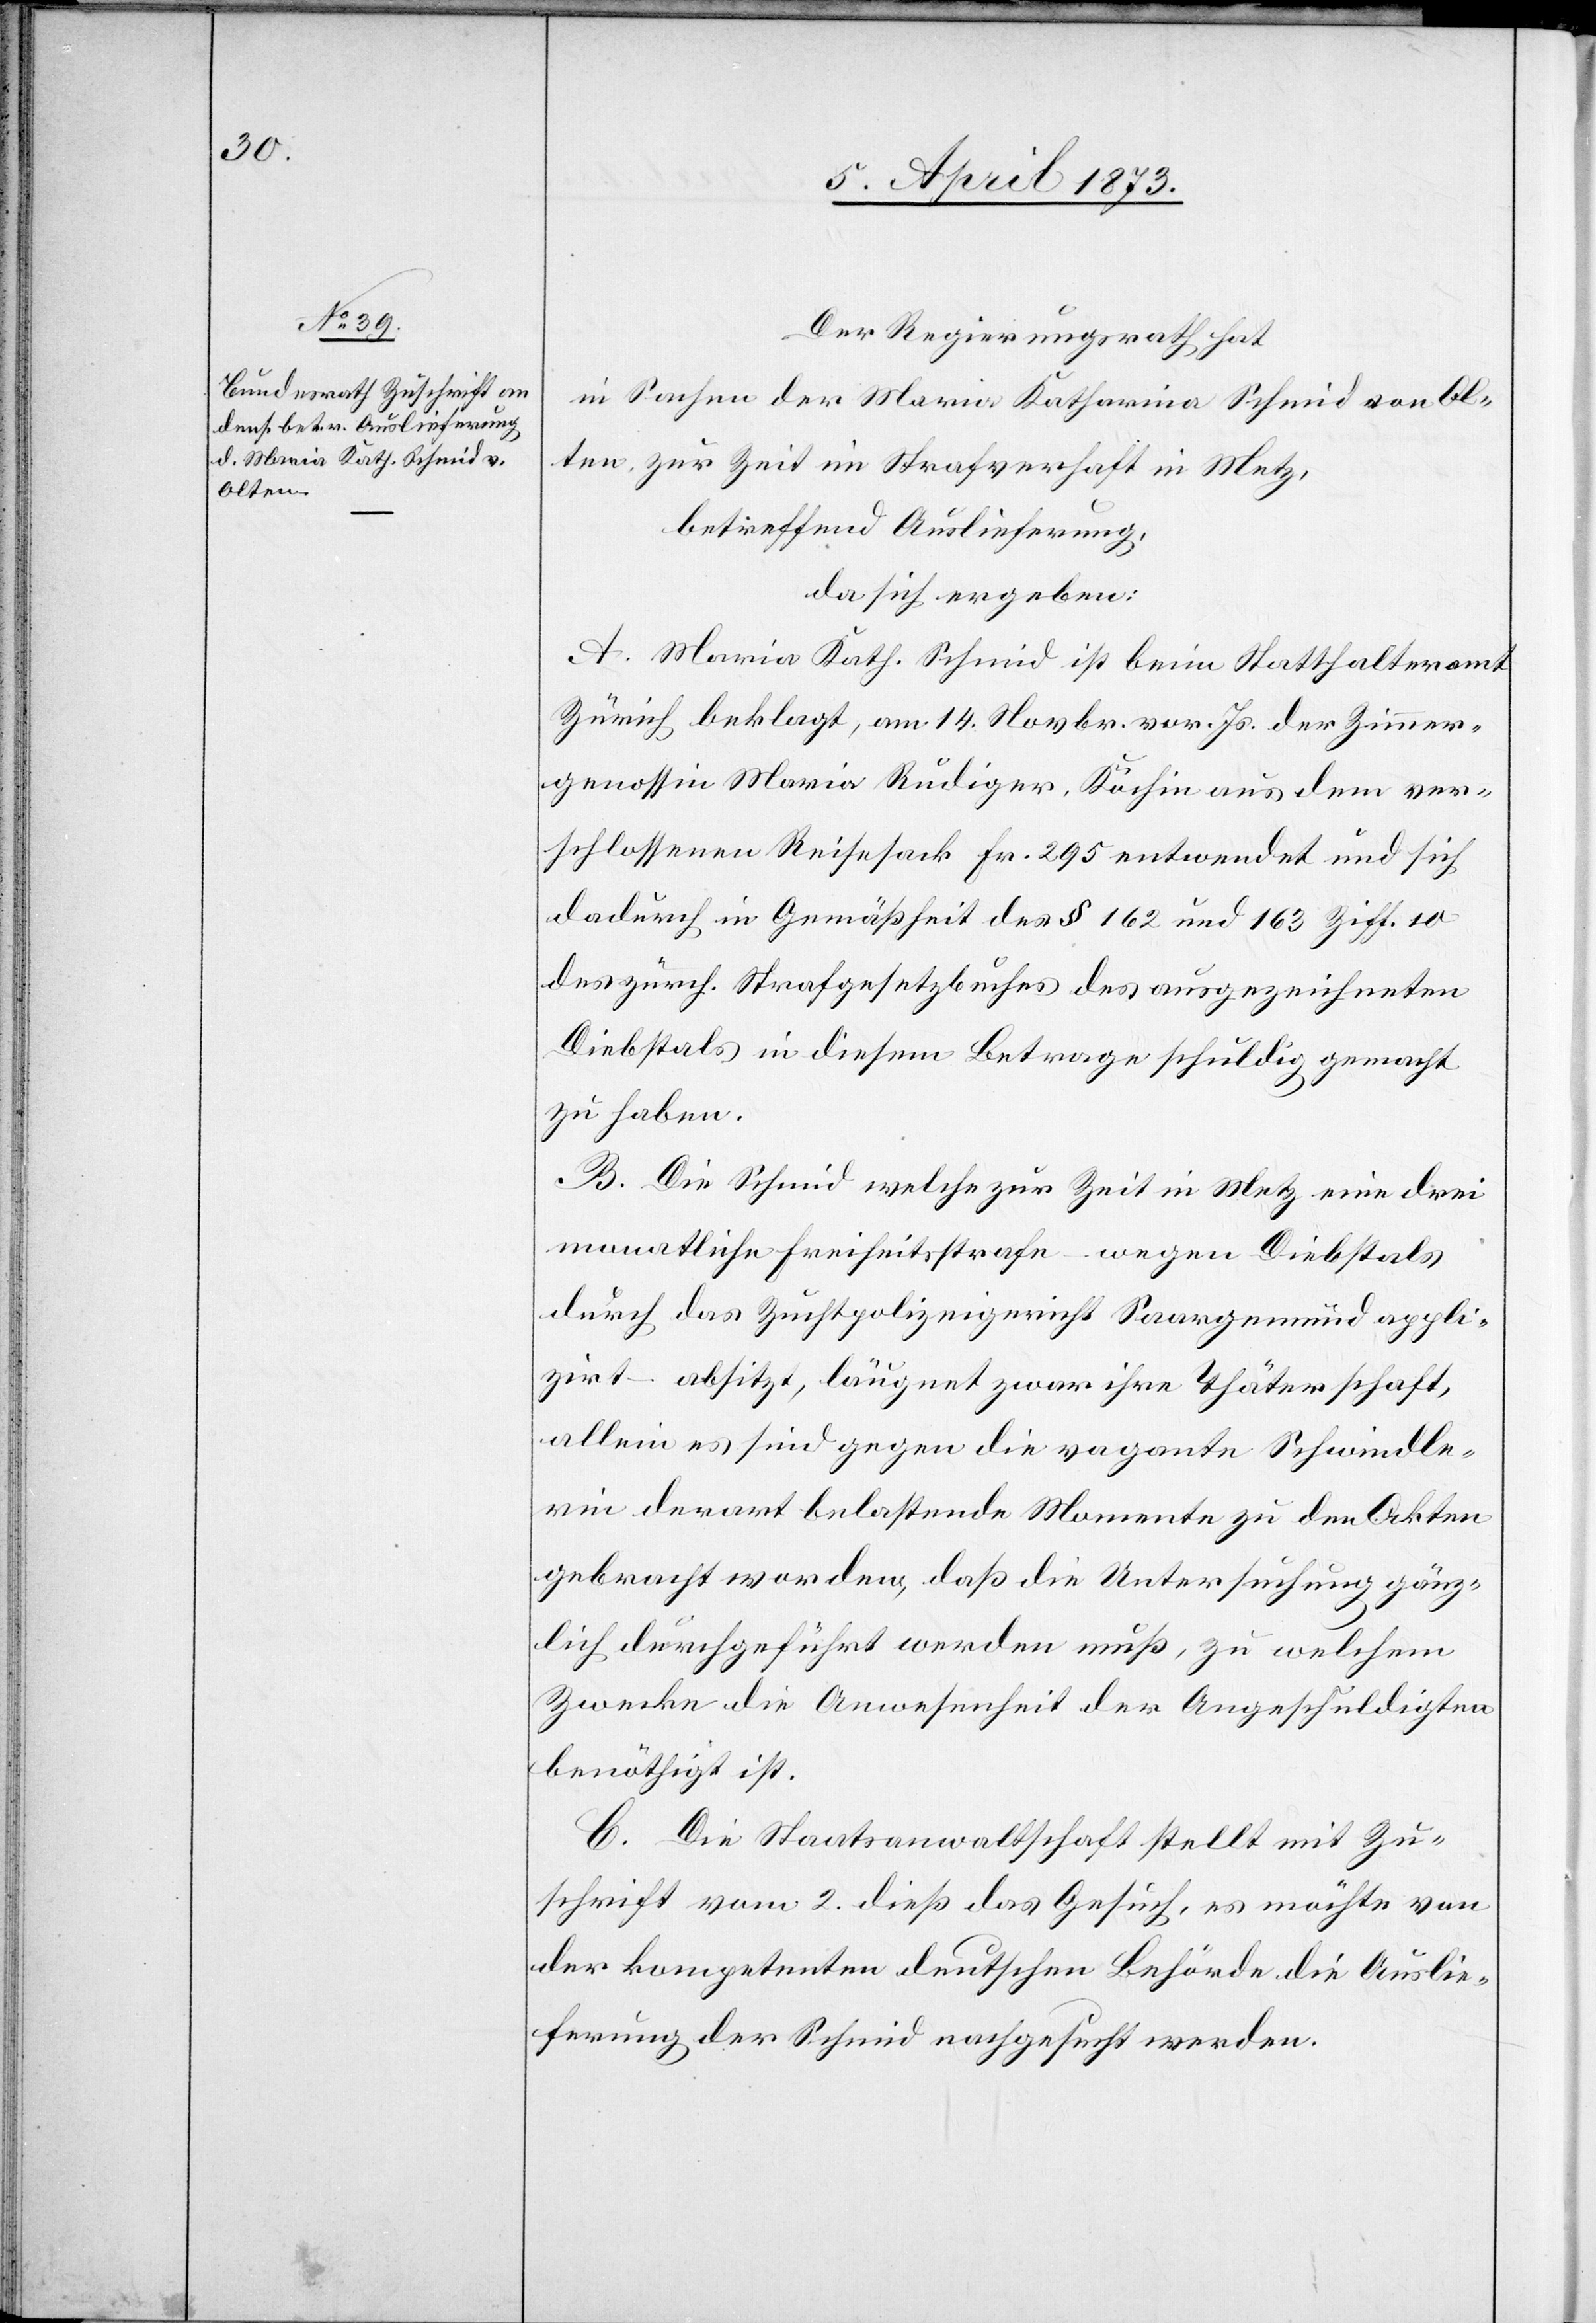
Der Regierungsrath hat
in Sachen der Maria Katharina Schmid von Ol¬
ten zur Zeit im Strafverhaft in Metz,
betreffend Auslieferung,
da sich ergeben:
A. Maria Kath. Schmid ist beim Statthalteramt
Zürich beklagt, am 14. Novbr. vor. Js. der Zimmer¬
genossin Maria Rüdiger, Köchin aus dem ver¬
schlossenen Reisesack Fr. 295 entwendet und sich
dadurch in Gemäßheit des [sic!] § 162 und 163 Ziff. 10
des zürch. Strafgesetzbuches des ausgezeichneten
Diebstals in diesem Betrage schuldig gemacht
zu haben.
B. Die Schmid welche zur Zeit in Metz eine drei
monatliche Freiheitsstrafe – wegen Diebstals
durch das Zuchtpolizeigericht Saargemünd appli¬
zirt – absitzt, läugnet zwar ihre Thäterschaft,
allein es sind gegen die vagante Schwindle¬
rin derart belastende Momente zu den Akten
gebracht worden, daß die Untersuchung gänz¬
lich durchgeführt werden muß, zu welchem
Zwecke die Anwesenheit der Angeschuldigten
benöthigt ist.
C. Die Staatsanwaltschaft stellt mit Zu¬
schrift vom 2. dieß das Gesuch, es möchte von
der kompetenten deutschen Behörde die Auslie¬
ferung der Schmid nachgesucht werden.